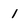
Character: 1